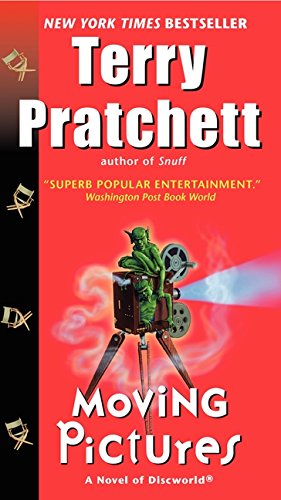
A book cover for Moving Pictures (Discworld); Terry Pratchett; Science Fiction & Fantasy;